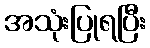
အသုံးပြုရပြီး